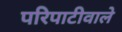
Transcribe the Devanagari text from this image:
परिपाटीवाले